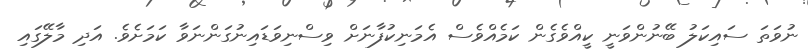
ނުވަތަ ސައިކަލު ބޭނުންވަނީ ކީއްވެގެން ކަމެއްވެސް އެމަނިކުފާނަށް ވިސްނިވަޑައިނުގަންނަވާ ކަމަށެވެ. އަދި މާލޭގައި